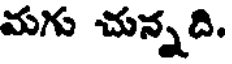
మగు చున్నది.